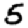
Digit: 5